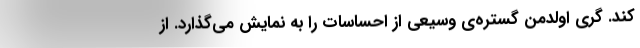
کند. گری اولدمن گستره‌ی وسیعی از احساسات را به نمایش می‌گذارد. از